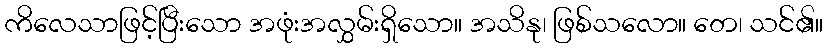
ကိလေသာဖြင့်ပြီးသော အဖုံးအလွှမ်းရှိသော။ အသိနု၊ ဖြစ်သလော။ တေ၊ သင်၏။